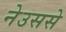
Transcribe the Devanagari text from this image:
नेउससे